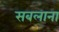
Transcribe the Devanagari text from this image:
सबलाना